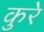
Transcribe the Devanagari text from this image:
कुरे